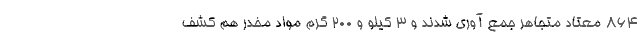
۸۶۴ معتاد متجاهر جمع آوری شدند و ۳ کیلو و ۲۰۰ گرم مواد مخدر هم کشف